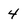
Character: 4